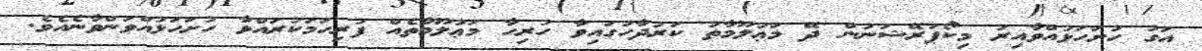
އަގު ހުށަހަޅުއްވާއިރު މިކޯޕަރޭޝަނުން ދޭ މަޢުލޫމާތު ކަރުދާހުގައިވާ ހުރިހާ މަޢުލޫމާތެއް ފުރިހަމަކުރައްވާ ހުށަހަޅުއްވަންވާނެއެވެ.